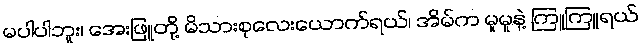
မပါပါဘူး၊ အေးဖြူတို့ မိသားစုလေးယောက်ရယ်၊ အိမ်က မူမူနဲ့ ကြူကြူရယ်